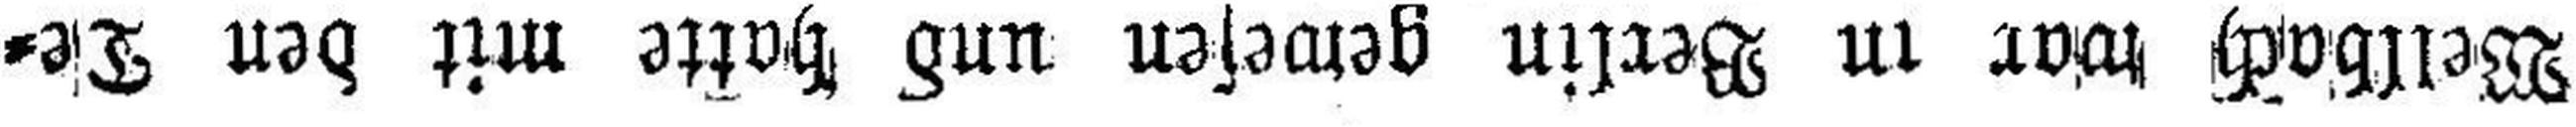
Wellbach war in Berlin gewesen und hatte mit den De¬